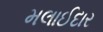
મલાઈદાર